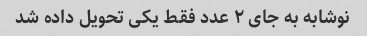
نوشابه به جای ۲ عدد فقط یکی تحویل داده شد